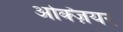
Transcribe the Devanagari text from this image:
अक्ज़ियर